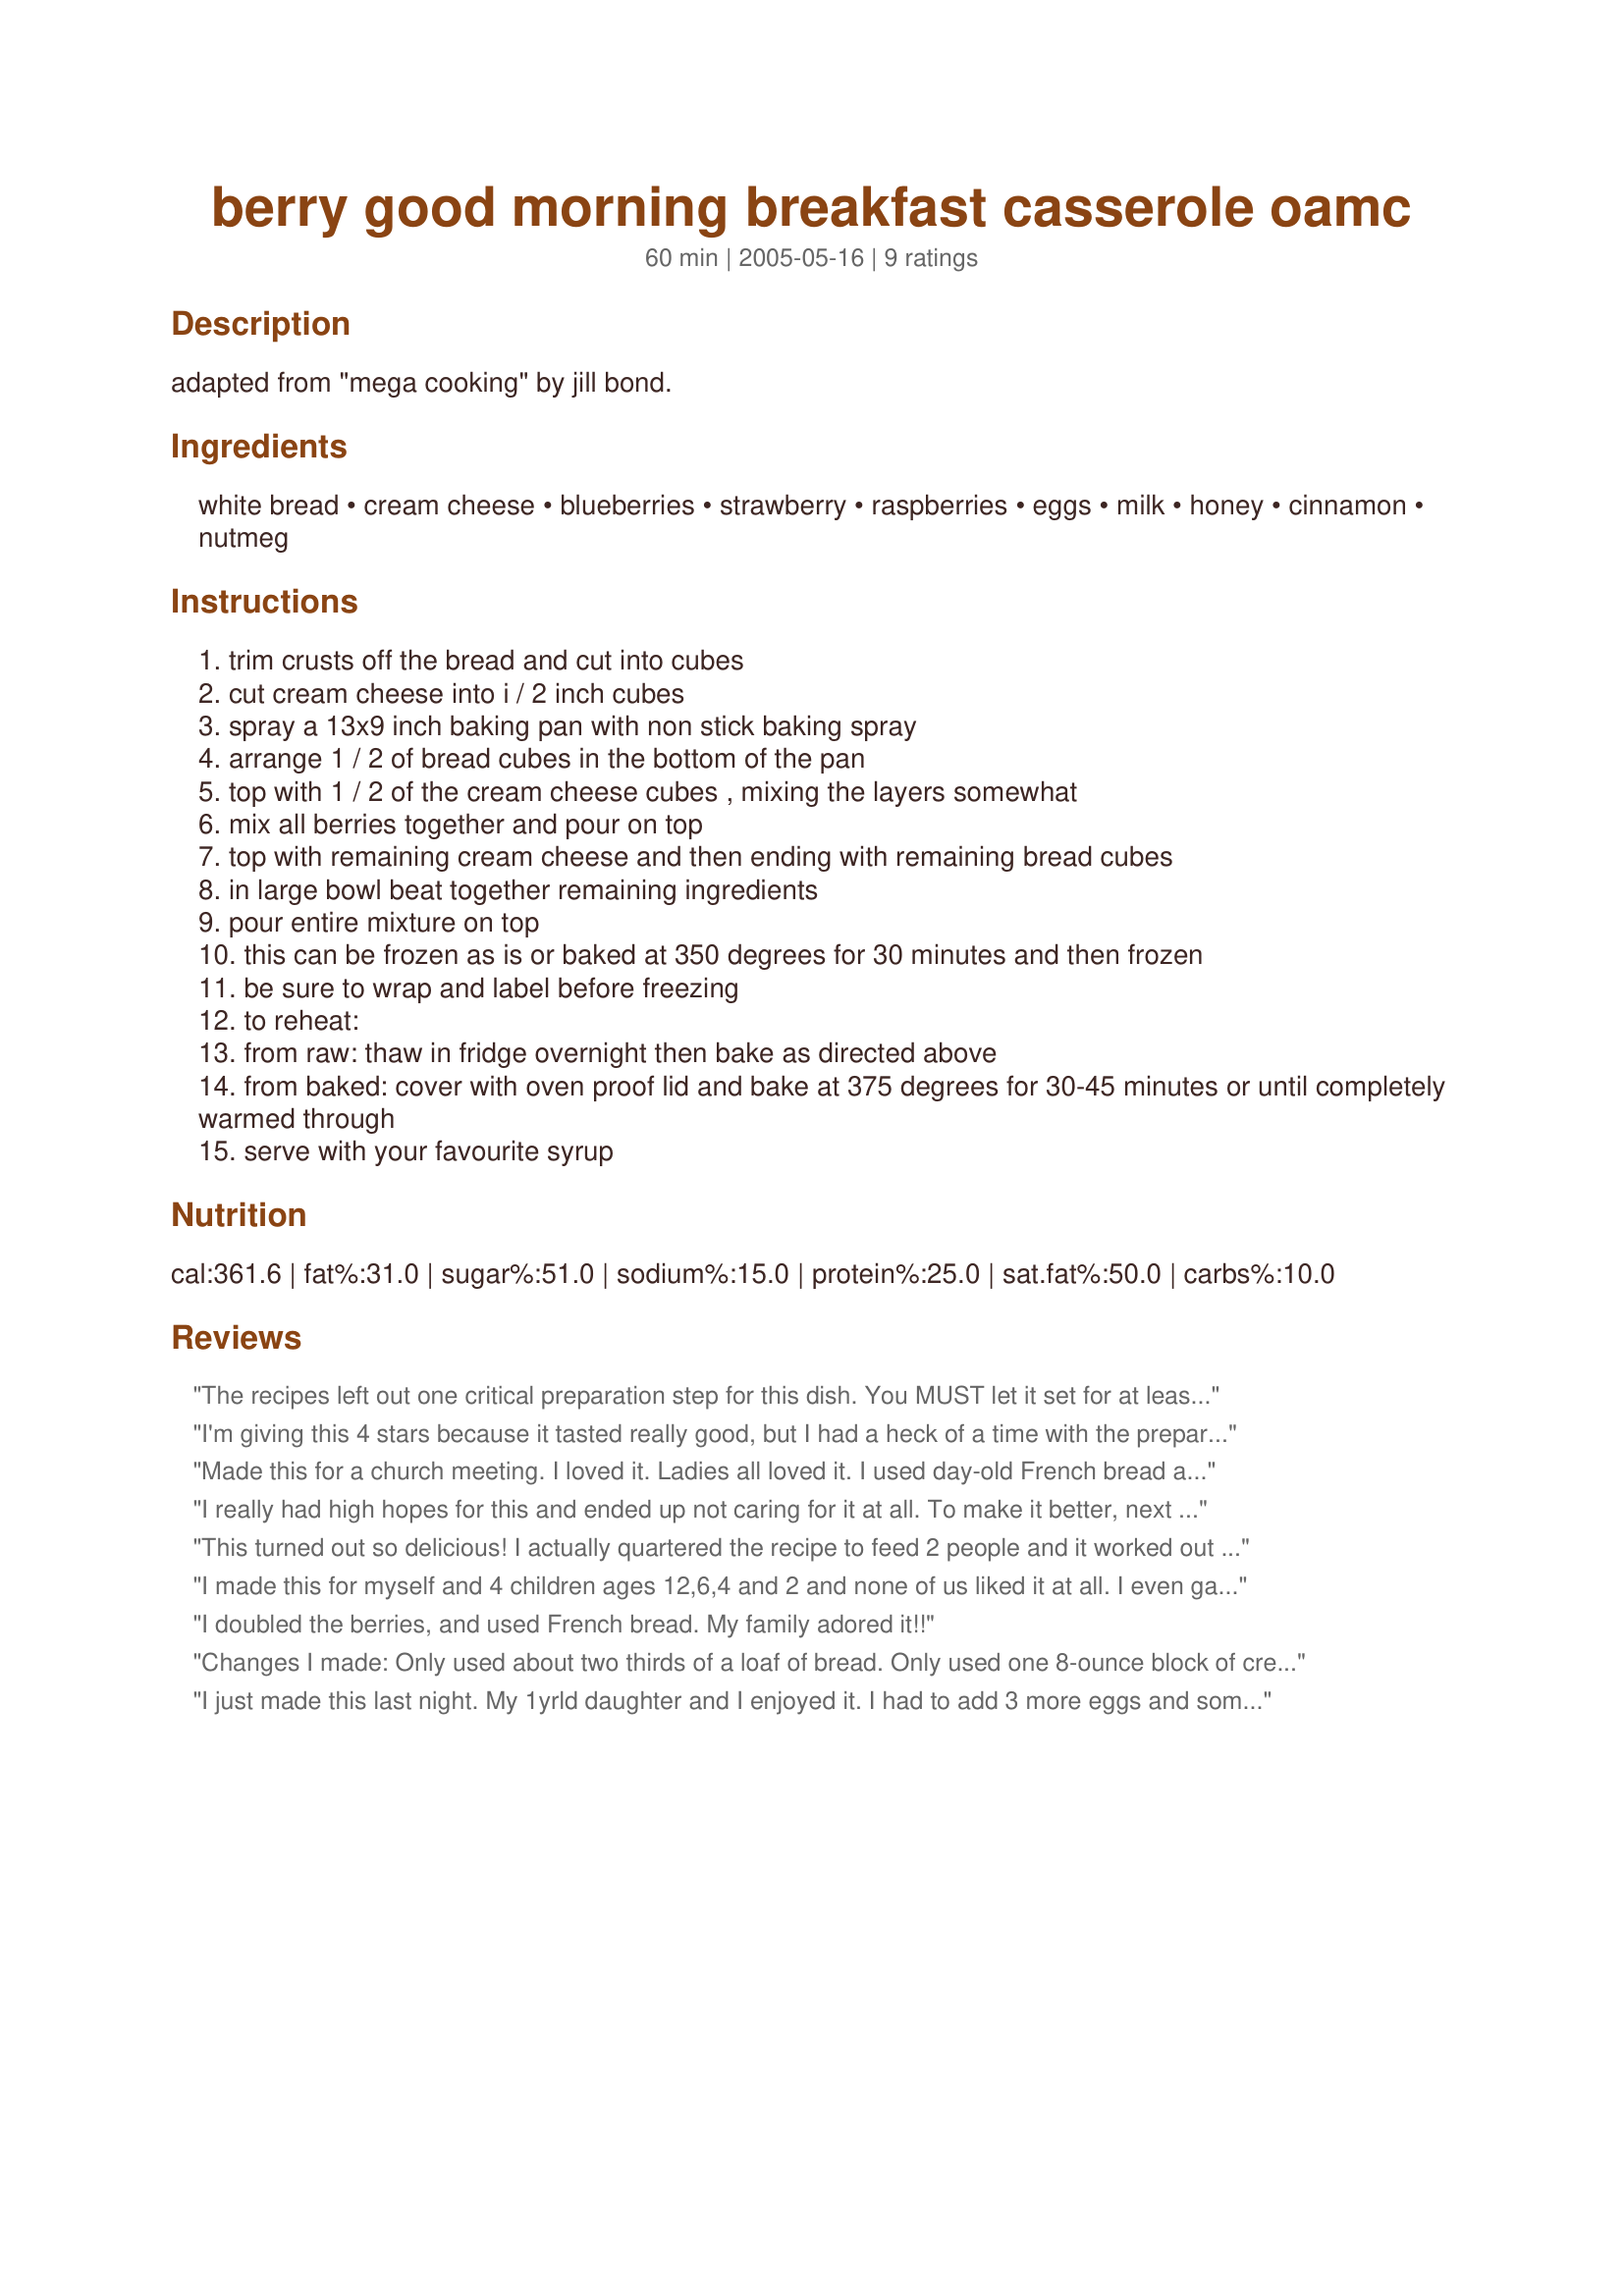
berry good morning breakfast casserole oamc
Preparation time: 60 minutes

adapted from "mega cooking" by jill bond.

Ingredients:
white bread, cream cheese, blueberries, strawberry, raspberries, eggs, milk, honey, cinnamon, nutmeg

Steps:
trim crusts off the bread and cut into cubes
cut cream cheese into i / 2 inch cubes
spray a 13x9 inch baking pan with non stick baking spray
arrange 1 / 2 of bread cubes in the bottom of the pan
top with 1 / 2 of the cream cheese cubes , mixing the layers somewhat
mix all berries together and pour on top
top with remaining cream cheese and then ending with remaining bread cubes
in large bowl beat together remaining ingredients
pour entire mixture on top
this can be frozen as is or baked at 350 degrees for 30 minutes and then frozen
be sure to wrap and label before freezing
to reheat:
from raw: thaw in fridge overnight then bake as directed above
from baked: cover with oven proof lid and bake at 375 degrees for 30-45 minutes or until completely warmed through
serve with your favourite syrup

Reviews:
The recipes left out one critical preparation step for this dish. You MUST let it set for at least a few hours (better overnight!) before you bake it! So pour the egg mixture over the bread, cream cheese & fruit, cover & refrigerate. Then bake covered at 350 for 30 minutes, remove the cover and bake for an additional 30 minutes. I used frozen strawberries, so I had to bake an additional 10 minutes to accommodate the extra liquid.<br/><br/>Also, a little hit of maple syrup made all the difference if you want some sweetness. I thought this was delicious!
I'm giving this 4 stars because it tasted really good, but I had a heck of a time with the preparation. I prepared this as stated, but it made a ton. I had a high-edged 13x9 pan (like one for lasagna) that was almost overflowing. I had to bake it for an hour and a half (I covered it after 30 minutes to avoid burning) before the egg mixture would set in the middle. I did use frozen berries - maybe that's what did me in. I'm going to try this one more time with fresh ones because I really want to love this recipe.
Made this for a church meeting. I loved it. Ladies all loved it. I used day-old French bread and tore pieces rather than cubed. I did have to bake about 1 hour at 375F. I will make again, maybe using other berries.
I really had high hopes for this and ended up not caring for it at all. To make it better, next time I would use half the bread (and choose a sweet variety, not plain white), half the cream cheese, and add sugar. This was not sweet, except the sweetness of the berries, even though I used extra honey.
This turned out so delicious! I actually quartered the recipe to feed 2 people and it worked out fine! Yummy! Thanks Pamela!
I made this for myself and 4 children ages 12,6,4 and 2 and none of us liked it at all. I even gave it to my father who eats everything and he would not eat it either. It sounded so good but did not taste so good.
I doubled the berries, and used French bread. My family adored it!!
Changes I made: Only used about two thirds of a loaf of bread. Only used one 8-ounce block of cream cheese instead of two. Used frozen blueberries and frozen chopped peaches as that was what I had on hand. Results: It was tasty but not overwhelmingly so. I think it would really need to be jazzed up somehow for me to make it again. I think I would enjoy much more fruit and much less bread, and I could probably get away with using less milk and fewer eggs. Also, it took at least an hour to bake.
I just made this last night. My 1yrld daughter and I enjoyed it. I had to add 3 more eggs and some more milk because it didn't seem like it made enough egg mixture to cover it all. (I also added more berries (because I had them))I put it in 2 pans and froze one. It made 2 huge casseroles! I also cooked it about 10 more mins. than the time stated.
Thanks!
